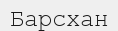
Барсхан